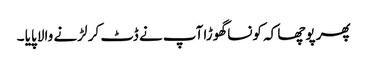
پھر پوچھا کہ کونسا گھوڑا آپ نے ڈٹ کر لڑنے والا پایا ۔